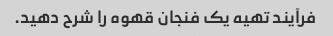
فرآیند تهیه یک فنجان قهوه را شرح دهید.